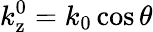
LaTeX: k_{\mathrm{z}}^{0}=k_{0}\cos\theta